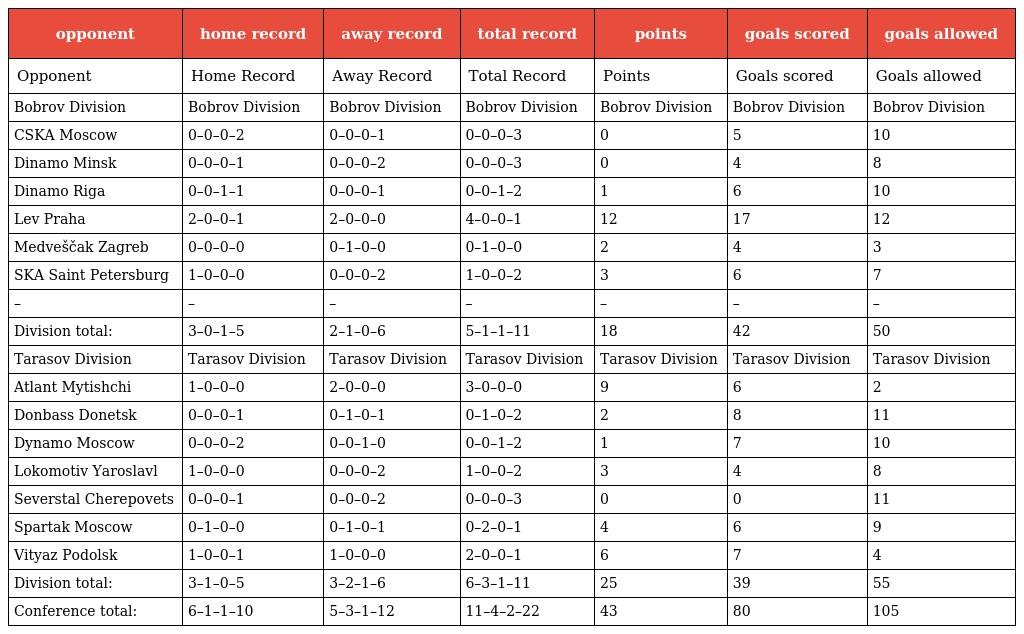
| opponent | home record | away record | total record | points | goals scored | goals allowed |
 | --- | --- | --- | --- | --- | --- | --- |
 | Opponent | Home Record | Away Record | Total Record | Points | Goals scored | Goals allowed |
 | Bobrov Division | Bobrov Division | Bobrov Division | Bobrov Division | Bobrov Division | Bobrov Division | Bobrov Division |
 | CSKA Moscow | 0–0–0–2 | 0–0–0–1 | 0–0–0–3 | 0 | 5 | 10 |
 | Dinamo Minsk | 0–0–0–1 | 0–0–0–2 | 0–0–0–3 | 0 | 4 | 8 |
 | Dinamo Riga | 0–0–1–1 | 0–0–0–1 | 0–0–1–2 | 1 | 6 | 10 |
 | Lev Praha | 2–0–0–1 | 2–0–0–0 | 4–0–0–1 | 12 | 17 | 12 |
 | Medveščak Zagreb | 0–0–0–0 | 0–1–0–0 | 0–1–0–0 | 2 | 4 | 3 |
 | SKA Saint Petersburg | 1–0–0–0 | 0–0–0–2 | 1–0–0–2 | 3 | 6 | 7 |
 | – | – | – | – | – | – | – |
 | Division total: | 3–0–1–5 | 2–1–0–6 | 5–1–1–11 | 18 | 42 | 50 |
 | Tarasov Division | Tarasov Division | Tarasov Division | Tarasov Division | Tarasov Division | Tarasov Division | Tarasov Division |
 | Atlant Mytishchi | 1–0–0–0 | 2–0–0–0 | 3–0–0–0 | 9 | 6 | 2 |
 | Donbass Donetsk | 0–0–0–1 | 0–1–0–1 | 0–1–0–2 | 2 | 8 | 11 |
 | Dynamo Moscow | 0–0–0–2 | 0–0–1–0 | 0–0–1–2 | 1 | 7 | 10 |
 | Lokomotiv Yaroslavl | 1–0–0–0 | 0–0–0–2 | 1–0–0–2 | 3 | 4 | 8 |
 | Severstal Cherepovets | 0–0–0–1 | 0–0–0–2 | 0–0–0–3 | 0 | 0 | 11 |
 | Spartak Moscow | 0–1–0–0 | 0–1–0–1 | 0–2–0–1 | 4 | 6 | 9 |
 | Vityaz Podolsk | 1–0–0–1 | 1–0–0–0 | 2–0–0–1 | 6 | 7 | 4 |
 | Division total: | 3–1–0–5 | 3–2–1–6 | 6–3–1–11 | 25 | 39 | 55 |
 | Conference total: | 6–1–1–10 | 5–3–1–12 | 11–4–2–22 | 43 | 80 | 105 |